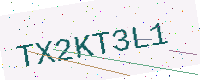
Text: TX2KT3L1